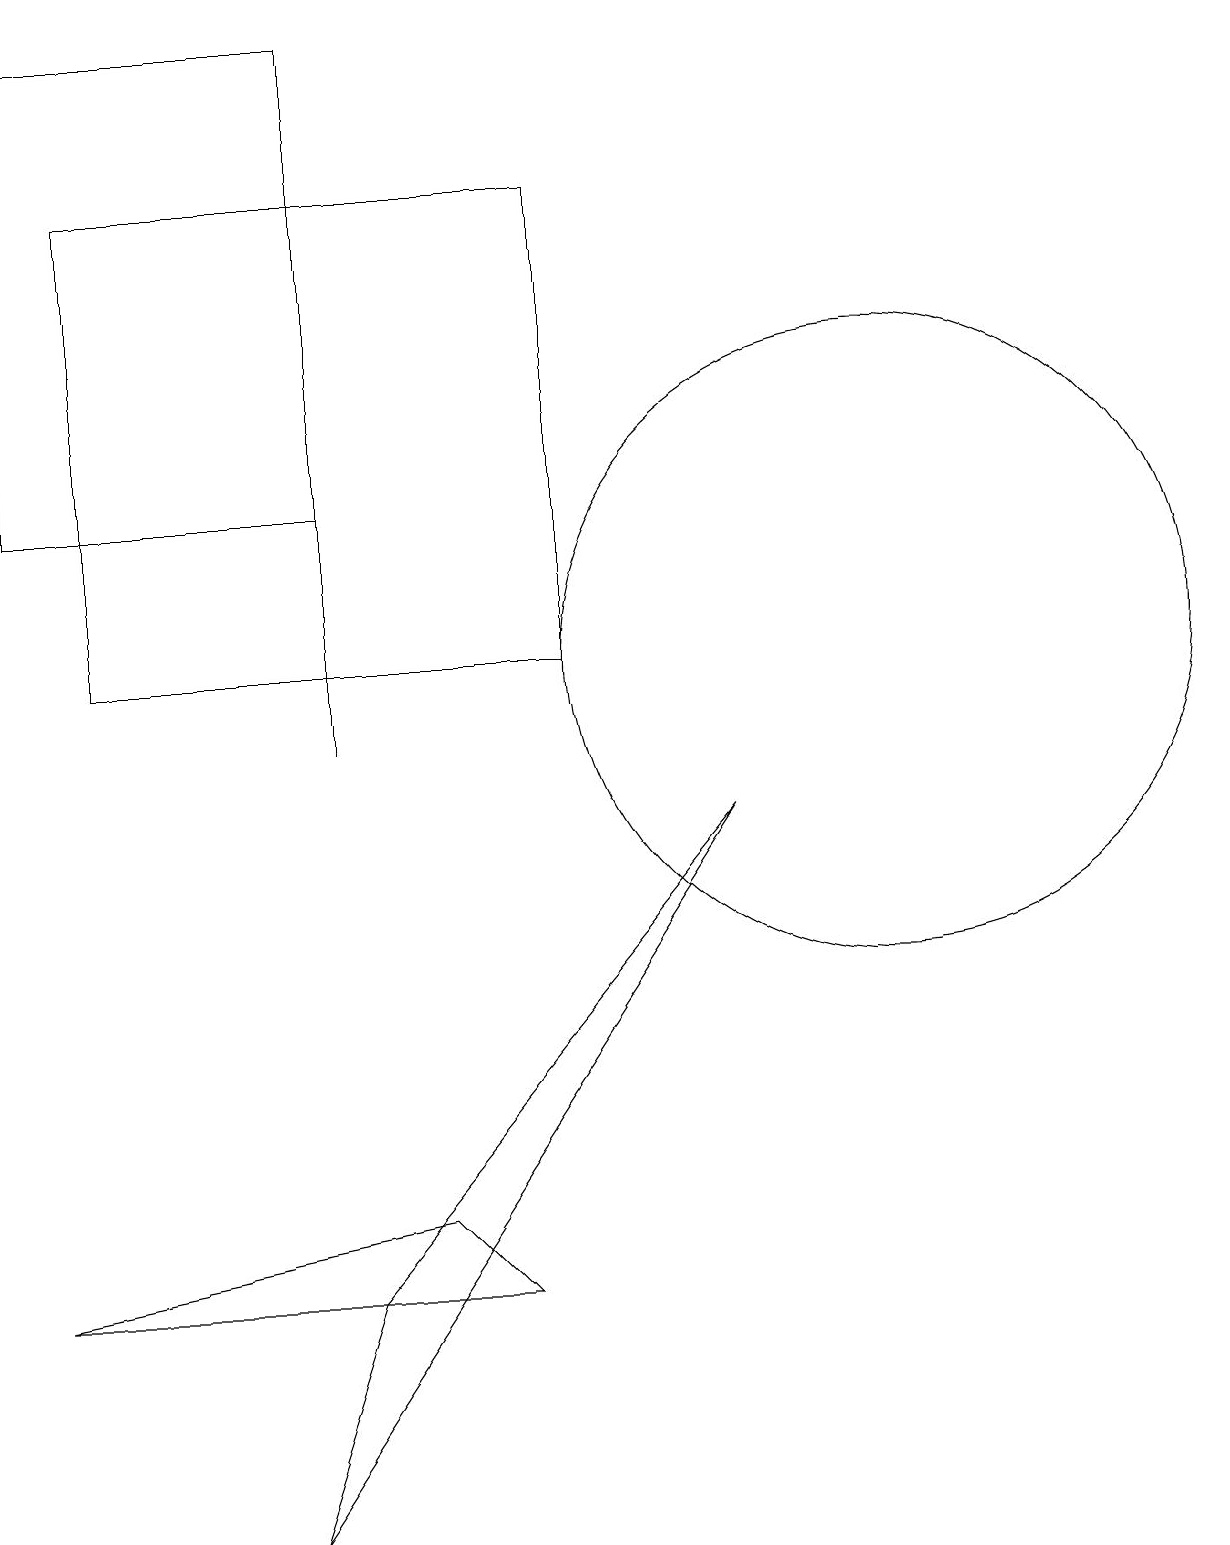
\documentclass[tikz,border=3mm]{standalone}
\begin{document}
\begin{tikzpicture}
\draw (0,13) rectangle (4,19);
\draw (0,3) -- (6,3) -- (5,4) -- cycle;
\draw (1,11) rectangle (7,17);
\draw (3,0) -- (4,3) -- (9,9) -- cycle;
\draw (4,10) rectangle (4,19);
\draw (11,11) circle (4);
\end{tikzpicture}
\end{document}